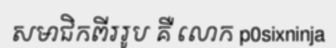
សមាជិកពីររូប គឺ លោក p0sixninja